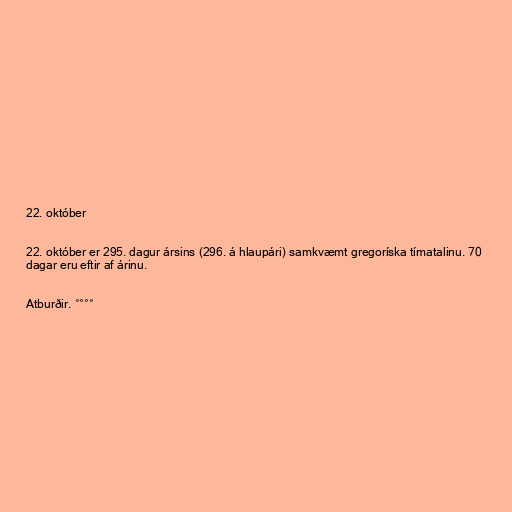
22. október

22. október er 295. dagur ársins (296. á hlaupári) samkvæmt gregoríska tímatalinu. 70
dagar eru eftir af árinu.

Atburðir. °°°°